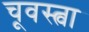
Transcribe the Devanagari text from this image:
चूवस्त्वा